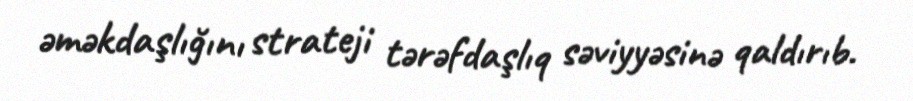
əməkdaşlığını strateji tərəfdaşlıq səviyyəsinə qaldırıb.